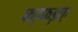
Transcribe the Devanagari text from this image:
फड़फड़ाए